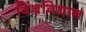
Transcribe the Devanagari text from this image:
बिंबविधान